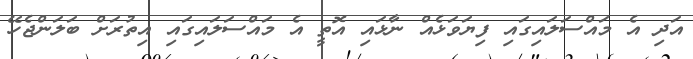
އަދި އެ މައްސަލައިގައި ފިޔަވަޅެއް ނާޅައި އޮތީ އެ މައްސަލައިގައި އިތުރަށް ބަލަންޖެހޭ